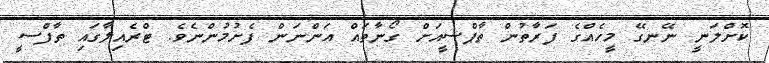
ކޮށްލަނީ ނޭނގޭ މީހެއްގެ ފަރާތުން ތާޕްސީއަށް ގޯނާތައް އަންނަން ފެށުމުންނެވެ. ޓްރެއިލާގައި ތާފްސީ